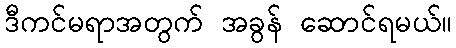
ဒီကင်မရာအတွက် အခွန် ဆောင်ရမယ်။